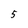
Character: 5